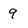
Character: 9